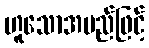
ဟူသောအမည်ဖြင့်